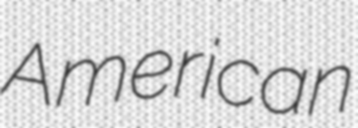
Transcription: American